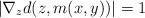
LaTeX: \begin{align*}|\nabla_z d(z, m(x, y))|=1\end{align*}